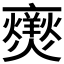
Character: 𭶥